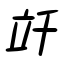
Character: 竏